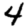
Digit: 4